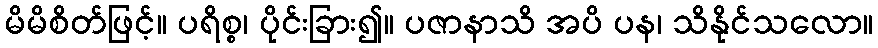
မိမိစိတ်ဖြင့်။ ပရိစ္စ၊ ပိုင်းခြား၍။ ပဇာနာသိ အပိ ပန၊ သိနိုင်သလော။